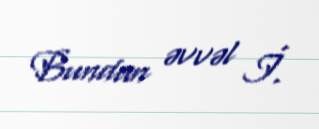
Bundan əvvəl İ.